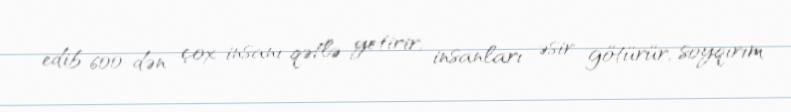
edib 600-dən çox insanı qətlə yetirir, insanları əsir götürür, soyqırım